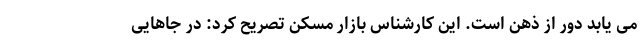
می یابد دور از ذهن است. این کارشناس بازار مسکن تصریح کرد: در جاهایی